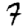
Digit: 7